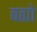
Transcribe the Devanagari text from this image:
बह्यो